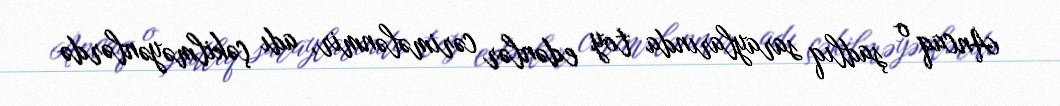
Ancaq o şadlıq saraylarında toy edənlər cərimələnmir, adı çəkilməyənlərdə